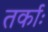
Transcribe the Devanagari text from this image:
तर्काः